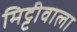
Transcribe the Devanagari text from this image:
मिट्टीवाला